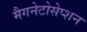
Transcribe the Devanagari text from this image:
मैगनेटोसेप्शन